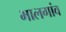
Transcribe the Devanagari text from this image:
भालगांव